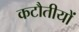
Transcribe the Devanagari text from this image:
कटौतीयों